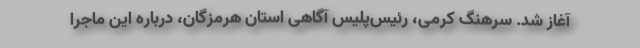
آغاز شد. سرهنگ کرمی، رئیس‌پلیس آگاهی استان هرمزگان، درباره این ماجرا